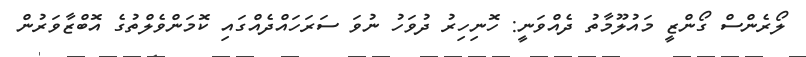
ލޯރެންސް ގޯންޒީ މައުލޫމާތު ދެއްވަނީ: ހޮނިހިރު ދުވަހު ނުވަ ސަރަހައްދެއްގައި ކޮމަންވެލްތުގެ އޮބްޒާވަރުން